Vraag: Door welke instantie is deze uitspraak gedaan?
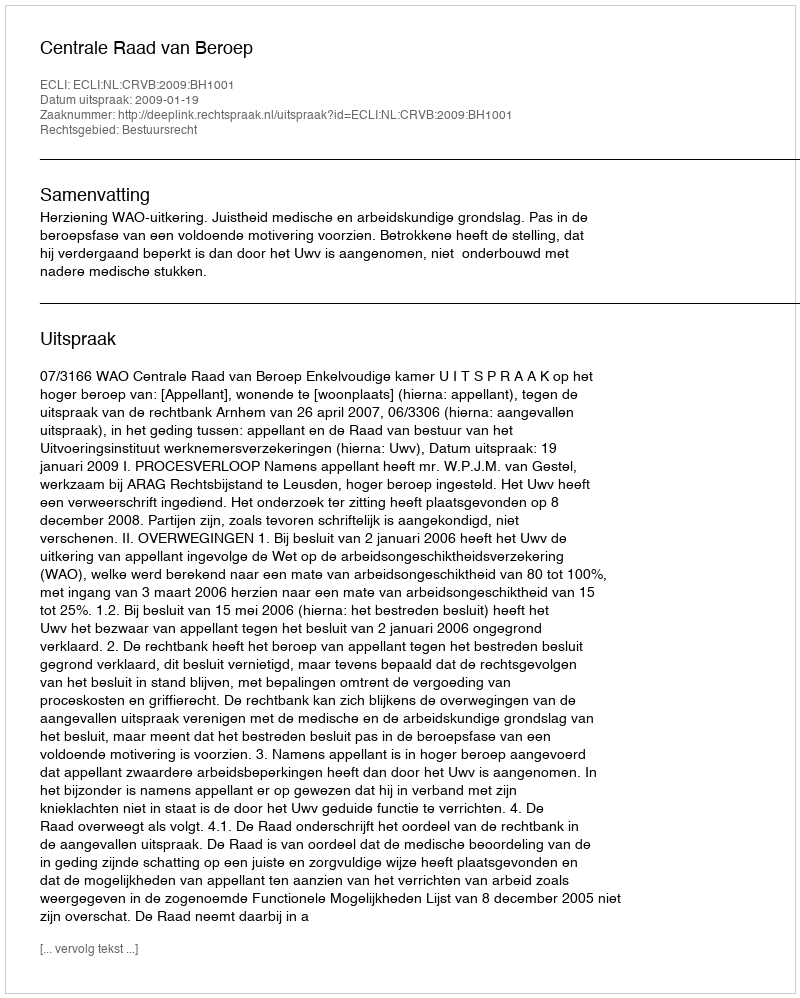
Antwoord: Centrale Raad van Beroep